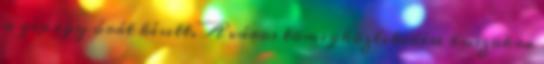
a gép egy órát késett. A város tömegközlekedése buszokra